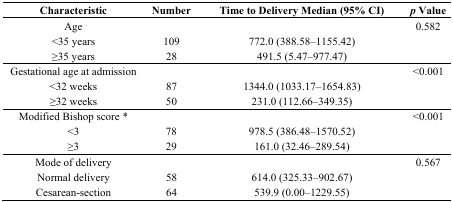
<table><thead><tr><td><b>Characteristic</b></td><td><b>Number</b></td><td><b>Time to Delivery Median (95% CI)</b></td><td><b><i>p</i> Value</b></td></tr></thead><tbody><tr><td>Age</td><td></td><td></td><td>0.582</td></tr><tr><td>&lt;35 years</td><td>109</td><td>772.0 (388.58–1155.42)</td><td></td></tr><tr><td>≥35 years</td><td>28</td><td>491.5 (5.47–977.47)</td><td></td></tr><tr><td>Gestational age at admission</td><td></td><td></td><td>&lt;0.001</td></tr><tr><td>&lt;32 weeks</td><td>87</td><td>1344.0 (1033.17–1654.83)</td><td></td></tr><tr><td>≥32 weeks</td><td>50</td><td>231.0 (112.66–349.35)</td><td></td></tr><tr><td>Modified Bishop score *</td><td></td><td></td><td>&lt;0.001</td></tr><tr><td>&lt;3</td><td>78</td><td>978.5 (386.48–1570.52)</td><td></td></tr><tr><td>≥3</td><td>29</td><td>161.0 (32.46–289.54)</td><td></td></tr><tr><td>Mode of delivery</td><td></td><td></td><td>0.567</td></tr><tr><td>Normal delivery</td><td>58</td><td>614.0 (325.33–902.67)</td><td></td></tr><tr><td>Cesarean-section</td><td>64</td><td>539.9 (0.00–1229.55)</td><td></td></tr></tbody></table>